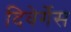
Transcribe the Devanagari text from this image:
दिवेर्गेस